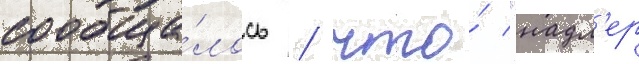
сообща́лось / что́ "надл'ер